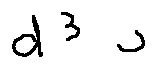
d ^ { 3 } u